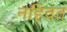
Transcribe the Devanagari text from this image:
नहिवत